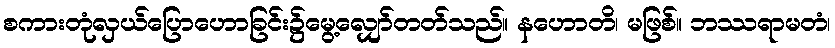
စကားတုံလှယ်ပြောဟောခြင်း၌မွေ့လျှော်တတ်သည်။ နဟောတိ၊ မဖြစ်။ ဘဿရာမတံ၊